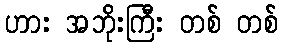
ဟား အဘိုးကြီး တစ် တစ်